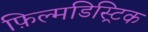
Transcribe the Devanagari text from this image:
फ़िल्मडिस्ट्रिक